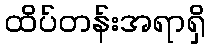
ထိပ်တန်းအရာရှိ